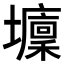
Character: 𡓔